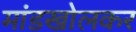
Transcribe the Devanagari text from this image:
मांडखोलकर